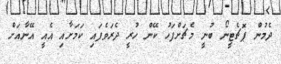
ދެމުން ޕޮޗެޓީނޯ ބުނީ މެޗަށްފަހު ކޭން ހުރީ ދެރަވެފައި ކަމަށާއި އެއީ އޭނާއަށް